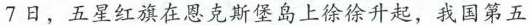
7日，五星红旗在恩克斯堡岛上徐徐升起，我国第五